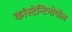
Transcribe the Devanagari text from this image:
कांस्टेन्टिनोपोल